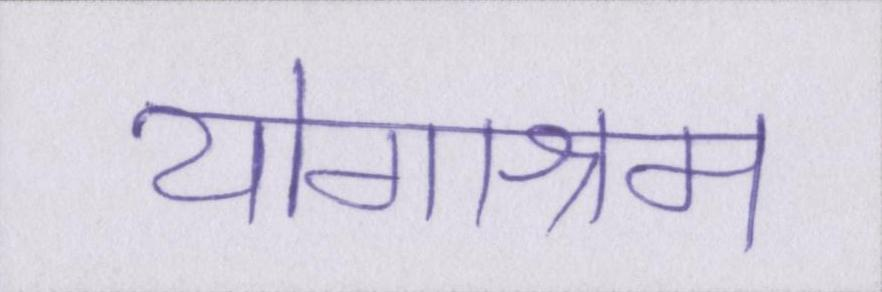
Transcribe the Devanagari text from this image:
योगाश्रम